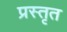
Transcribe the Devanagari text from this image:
प्रस्तृत